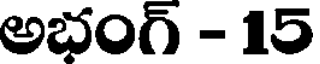
అభంగ్ - 15